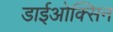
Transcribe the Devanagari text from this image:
डाईओक्सिन